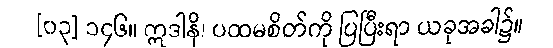
[၀၃] ၁၄၆။ ဣဒါနိ၊ ပထမစိတ်ကို ပြပြီးရာ ယခုအခါ၌။